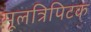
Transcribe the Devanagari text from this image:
मूलत्रिपिटक